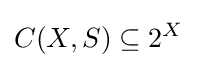
C(X,S)\subseteq 2^{X}